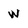
Character: w